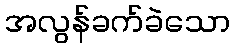
အလွန်ခက်ခဲသော